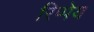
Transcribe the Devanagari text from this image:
रिप्पेय